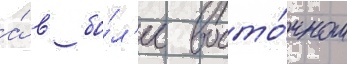
а́ в бо́л'ее восто́чном